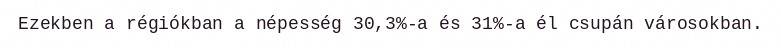
Ezekben a régiókban a népesség 30,3%-a és 31%-a él csupán városokban.